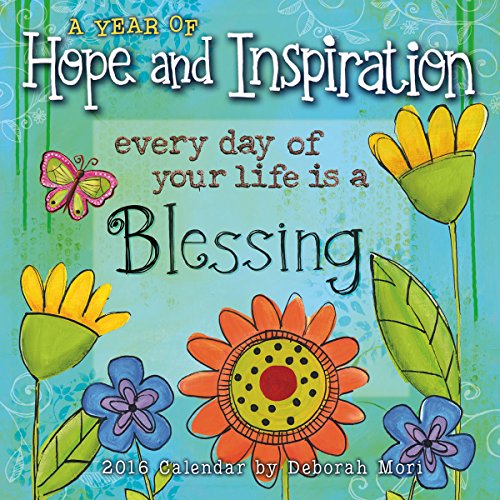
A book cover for Year of Hope and Inspiration 2016 Mini Calendar; Deb Mori; Calendars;